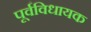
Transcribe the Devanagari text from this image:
पूर्वविधायक